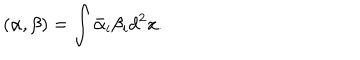
LaTeX: ( \alpha , \beta ) = \int \bar { \alpha } _ { i } \beta _ { i } d ^ { 2 } x .